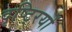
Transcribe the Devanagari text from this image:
दृष्टि्रयों